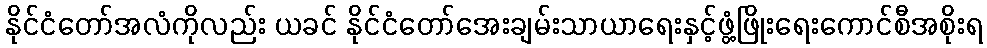
နိုင်ငံတော်အလံကိုလည်း ယခင် နိုင်ငံတော်အေးချမ်းသာယာရေးနှင့်ဖွံ့ဖြိုးရေးကောင်စီအစိုးရ